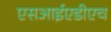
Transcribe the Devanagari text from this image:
एसआईएडीएच